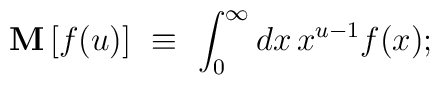
\mathbf{M} \,[f(u)] \,\, \equiv \,\, \int_0^{\infty} d x\, x^{u-1} f(x);